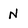
Character: N